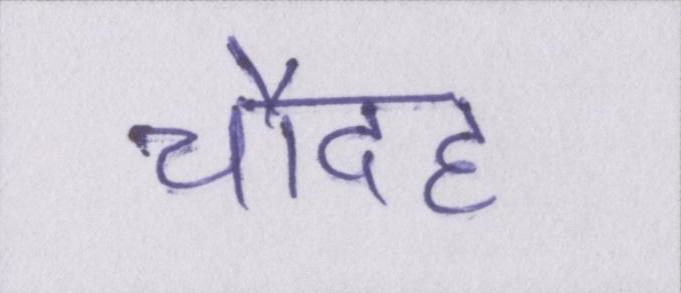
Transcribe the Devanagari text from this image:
चौदह